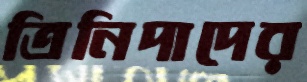
ত্রিনিদাদের